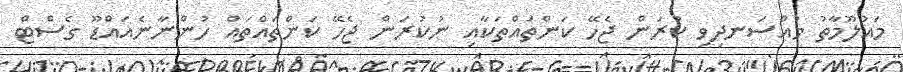
މައުލޫމާތު މުއްސަނދިވި ކުރަން ޖެހޭ ކަންތައްތަކާއި ނުކުރަން ޖެހޭ ކަންތަައްތައް ހުންނާނެއައްޑޫ ގެސްޓް